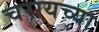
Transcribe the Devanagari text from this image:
चरायच्या